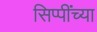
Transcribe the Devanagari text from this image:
सिप्पींच्या